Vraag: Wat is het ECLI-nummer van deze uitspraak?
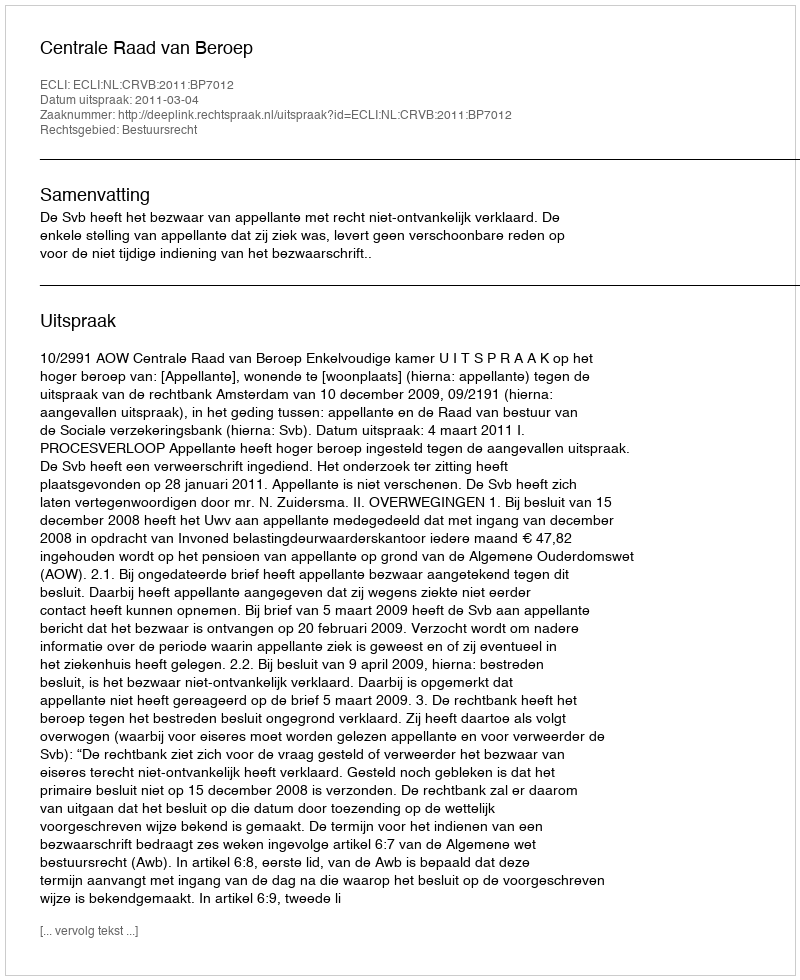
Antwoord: ECLI:NL:CRVB:2011:BP7012